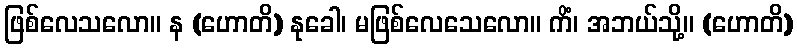
ဖြစ်လေသလော။ န (ဟောတိ) နုခေါ၊ မဖြစ်လေသေလော။ ကိံ၊ အဘယ်သို့။ (ဟောတိ)